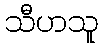
သီဟသူ